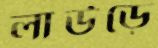
লাউড়ে